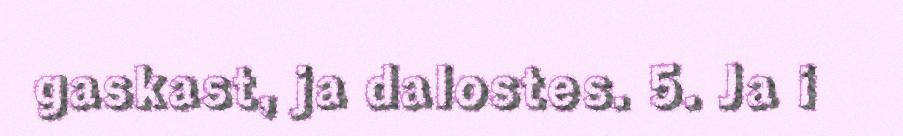
gaskast, ja dalostes. 5. Ja i